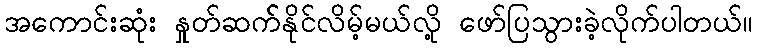
အကောင်းဆုံး နှုတ်ဆက််နိုင်လိမ့်မယ်လို့ ဖော်ပြသွားခဲ့လိုက်ပါတယ်။